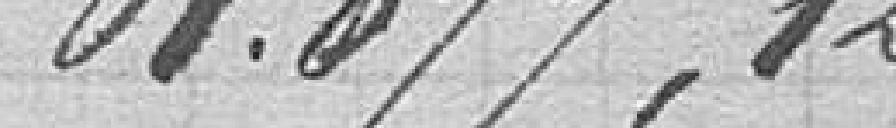
61877,12